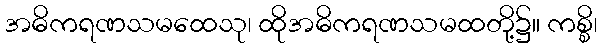
အဓိကရဏသမထေသု၊ ထိုအဓိကရဏသမထတို့၌။ ကစ္စိ၊